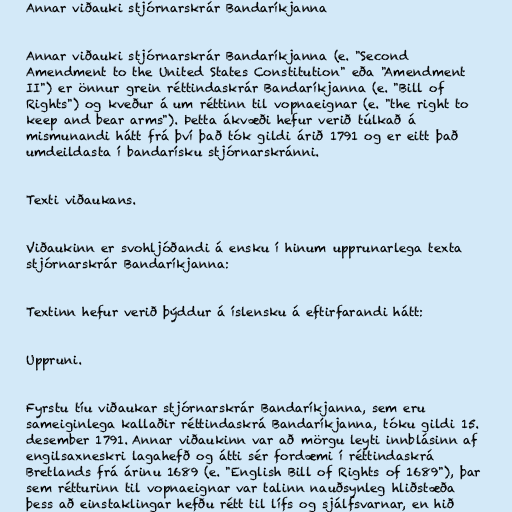
Annar viðauki stjórnarskrár Bandaríkjanna

Annar viðauki stjórnarskrár Bandaríkjanna (e. "Second
Amendment to the United States Constitution" eða "Amendment
II") er önnur grein réttindaskrár Bandaríkjanna (e. "Bill of
Rights") og kveður á um réttinn til vopnaeignar (e. "the right to
keep and bear arms"). Þetta ákvæði hefur verið túlkað á
mismunandi hátt frá því það tók gildi árið 1791 og er eitt það
umdeildasta í bandarísku stjórnarskránni.

Texti viðaukans.

Viðaukinn er svohljóðandi á ensku í hinum upprunarlega texta
stjórnarskrár Bandaríkjanna:

Textinn hefur verið þýddur á íslensku á eftirfarandi hátt:

Uppruni.

Fyrstu tíu viðaukar stjórnarskrár Bandaríkjanna, sem eru
sameiginlega kallaðir réttindaskrá Bandaríkjanna, tóku gildi 15.
desember 1791. Annar viðaukinn var að mörgu leyti innblásinn af
engilsaxneskri lagahefð og átti sér fordæmi í réttindaskrá
Bretlands frá árinu 1689 (e. "English Bill of Rights of 1689"), þar
sem rétturinn til vopnaeignar var talinn nauðsynleg hliðstæða
þess að einstaklingar hefðu rétt til lífs og sjálfsvarnar, en hið